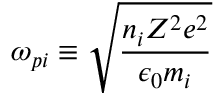
\omega _ { p i } \equiv { \sqrt { \frac { n _ { i } Z ^ { 2 } e ^ { 2 } } { \epsilon _ { 0 } m _ { i } } } }